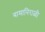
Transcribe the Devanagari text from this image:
नामानिराळी